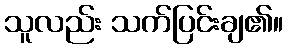
သူလည်း သက်ပြင်းချ၏။